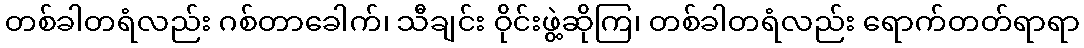
တစ်ခါတရံလည်း ဂစ်တာခေါက်၊ သီချင်း ဝိုင်းဖွဲ့ဆိုကြ၊ တစ်ခါတရံလည်း ရောက်တတ်ရာရာ